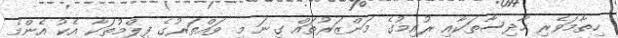
ހިތާމަވެރި ހާދިސާތަކާއި ރުއިމުގެ މަންޒަރުތައް ގިނަ މި ވައްތަރުގެ ފިލްމުތަކާ އެކު އެންމެ